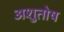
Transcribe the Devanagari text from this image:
अशुतोष